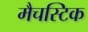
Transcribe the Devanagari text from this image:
मैचस्टिक